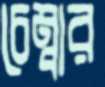
চেম্বার